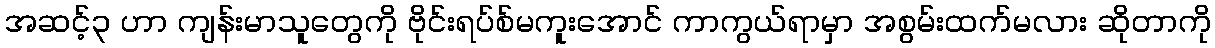
အဆင့်၃ ဟာ ကျန်းမာသူတွေကို ဗိုင်းရပ်စ်မကူးအောင် ကာကွယ်ရာမှာ အစွမ်းထက်မလား ဆိုတာကို